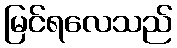
မြင်ရလေသည်